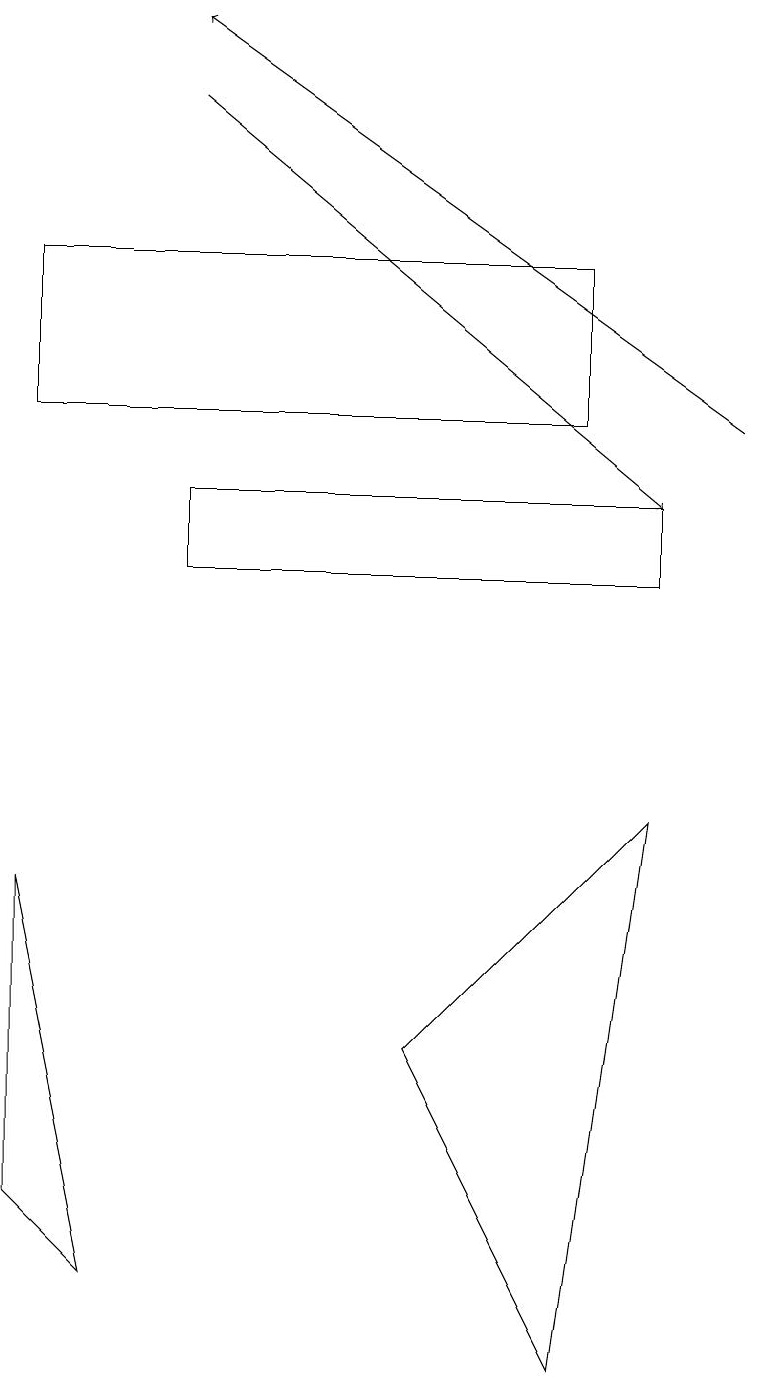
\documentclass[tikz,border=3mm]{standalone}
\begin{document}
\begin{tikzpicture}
\draw (8,11) rectangle (2,12);
\draw (1,2) -- (0,7) -- (0,3) -- cycle;
\draw (8,8) -- (5,5) -- (7,1) -- cycle;
\draw[->] (9,13) -- (2,18);
\draw (7,13) rectangle (0,15);
\draw[->] (2,17) -- (8,12);
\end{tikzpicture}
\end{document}